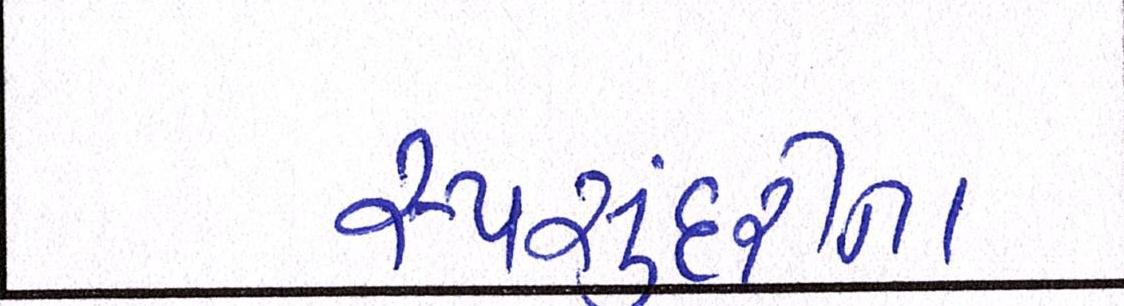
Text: રૂપસુંદરીના